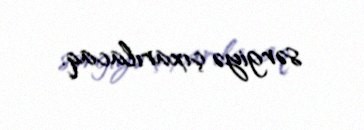
sərgiyə çıxarılacaq.